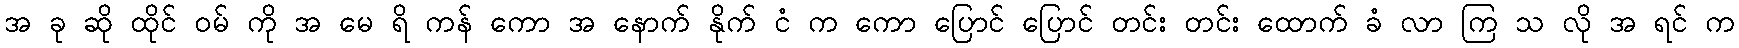
အ ခု ဆို ထိုင် ဝမ် ကို အ မေ ရိ ကန် ကော အ နောက် နိုက် ငံ က ကော ပြောင် ပြောင် တင်း တင်း ထောက် ခံ လာ ကြ သ လို အ ရင် က